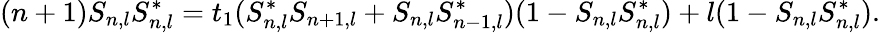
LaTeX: (n+1)S_{n,l}S_{n,l}^{*}=t_{1}(S_{n,l}^{*}S_{n+1,l}+S_{n,l}S_{n-1,l}^{*})(1-S_{n,l}S_{n,l}^{*})+l(1-S_{n,l}S_{n,l}^{*}).